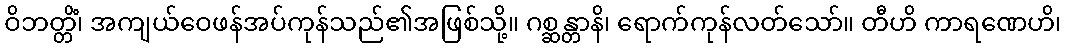
ဝိဘတ္တိံ၊ အကျယ်ဝေဖန်အပ်ကုန်သည်၏အဖြစ်သို့။ ဂစ္ဆန္တာနိ၊ ရောက်ကုန်လတ်သော်။ တီဟိ ကာရဏေဟိ၊